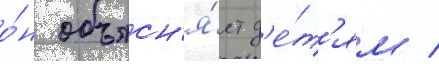
о́н объясн'я́ет д'е́т'ям /